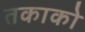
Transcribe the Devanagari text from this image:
तकाको